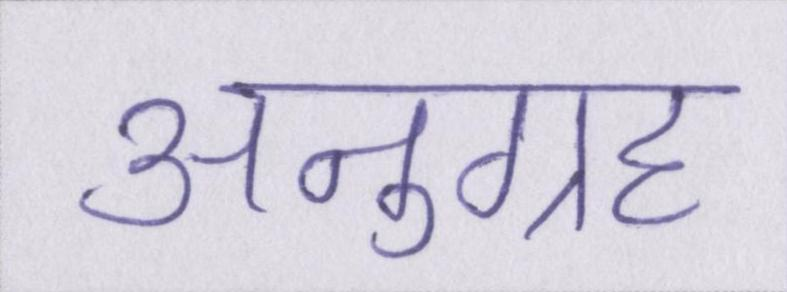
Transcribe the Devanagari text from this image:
अनुग्रह